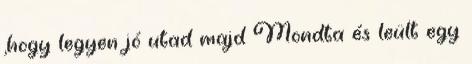
,hogy legyen jó utad majd Mondta és leült egy